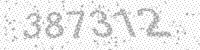
Solution: 387312